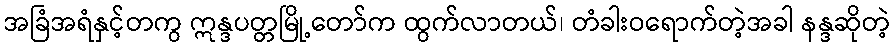
အခြံအရံနှင့်တကွ ဣန္ဒပတ္တမြို့တော်က ထွက်လာတယ်၊ တံခါးဝရောက်တဲ့အခါ နန္ဒဆိုတဲ့